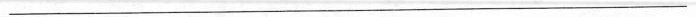
_____________________